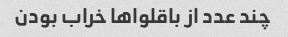
چند عدد از باقلوا‌ها خراب بودن